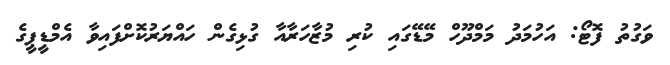
ވަގުތު ފޮޓޯ: އަހުމަދު މަމްދޫހް މޭޑޭގައި ކުރި މުޒާހަރާއާ ގުޅިގެން ހައްޔަރުކޮށްފައިވާ އެމްޑީޕީގެ